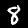
Label: 8